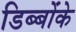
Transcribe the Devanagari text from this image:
डिब्बोंके